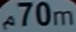
70m